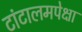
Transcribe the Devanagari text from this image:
टांटालमपेक्षा